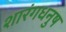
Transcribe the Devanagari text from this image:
शारंगधनुष